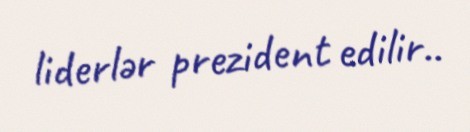
liderlər prezident edilir..